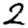
Digit: 2